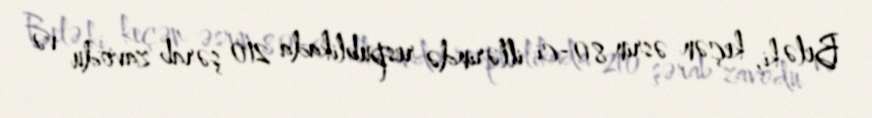
Belə ki, keçən əsrin 80-ci illərində respublikada 210 şərab zavodu və